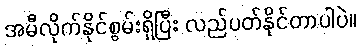
အမီလိုက်နိုင်စွမ်းရှိပြီး လည်ပတ်နိုင်တာပါပဲ။